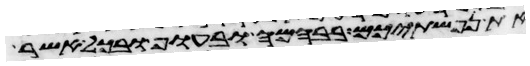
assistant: את נפשתיכם בבהמה ובעוף ובכל אשר